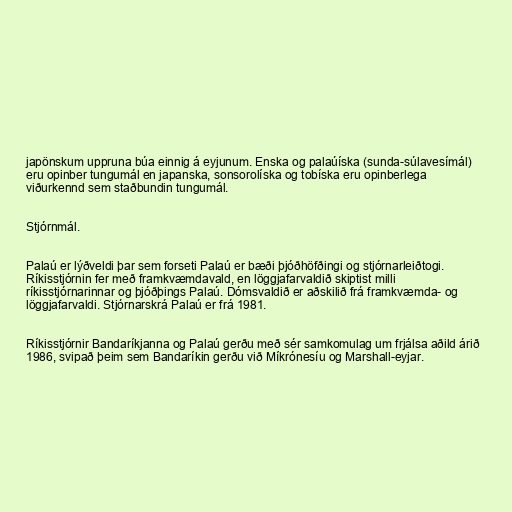
japönskum uppruna búa einnig á eyjunum. Enska og palaúíska (sunda-súlavesímál)
eru opinber tungumál en japanska, sonsorolíska og tobíska eru opinberlega
viðurkennd sem staðbundin tungumál.

Stjórnmál.

Palaú er lýðveldi þar sem forseti Palaú er bæði þjóðhöfðingi og stjórnarleiðtogi.
Ríkisstjórnin fer með framkvæmdavald, en löggjafarvaldið skiptist milli
ríkisstjórnarinnar og þjóðþings Palaú. Dómsvaldið er aðskilið frá framkvæmda- og
löggjafarvaldi. Stjórnarskrá Palaú er frá 1981.

Ríkisstjórnir Bandaríkjanna og Palaú gerðu með sér samkomulag um frjálsa aðild árið
1986, svipað þeim sem Bandaríkin gerðu við Míkrónesíu og Marshall-eyjar.